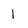
Character: l